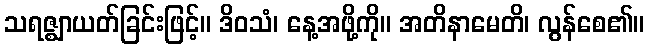
သရဇ္ဈာယတ်ခြင်းဖြင့်။ ဒိဝသံ၊ နေ့အဖို့ကို။ အတိနာမေတိ၊ လွန်စေ၏။